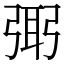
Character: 㢽